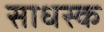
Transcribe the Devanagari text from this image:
साधस्क